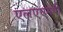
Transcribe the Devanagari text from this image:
एलएएमपी